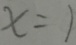
x = 1